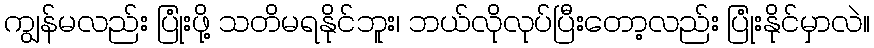
ကျွန်မလည်း ပြုံးဖို့ သတိမရနိုင်ဘူး၊ ဘယ်လိုလုပ်ပြီးတော့လည်း ပြုံးနိုင်မှာလဲ။